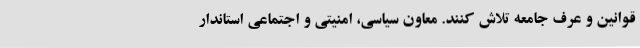
قوانین و عرف جامعه تلاش کنند. معاون سیاسی، امنیتی و اجتماعی استاندار